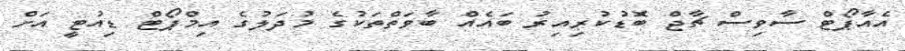
އެއާޕޯޓް ސާވިސް ޗާޖް ބޮޑުކުރިއިރު ބައެއް ބާވަތްތަކުގެ މުދަލުގެ އިމްޕޯޓް ޑިއުޓީ އަށް